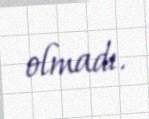
olmadı.